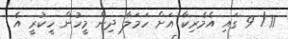
11/ 9 ގައި އެމެރިކާ އަށް ހަމަލާ ދިން މީހުން ހީކުރީ އެ